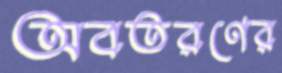
অবতরণের